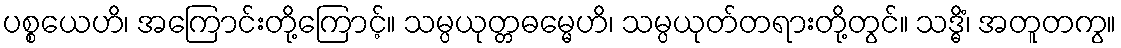
ပစ္စယေဟိ၊ အကြောင်းတို့ကြောင့်။ သမ္ပယုတ္တဓမ္မေဟိ၊ သမ္ပယုတ်တရားတို့တွင်။ သဒ္ဓိံ၊ အတူတကွ။